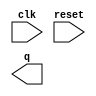
// Build a 4-bit binary counter that counts from 0 through 15, inclusive, with a period of 16. The reset input is synchronous, and should reset the counter to 0.

module top_module (
    input clk,
    input reset,      // Synchronous active-high reset
    output [3:0] q);

    // Insert your code here

endmodule